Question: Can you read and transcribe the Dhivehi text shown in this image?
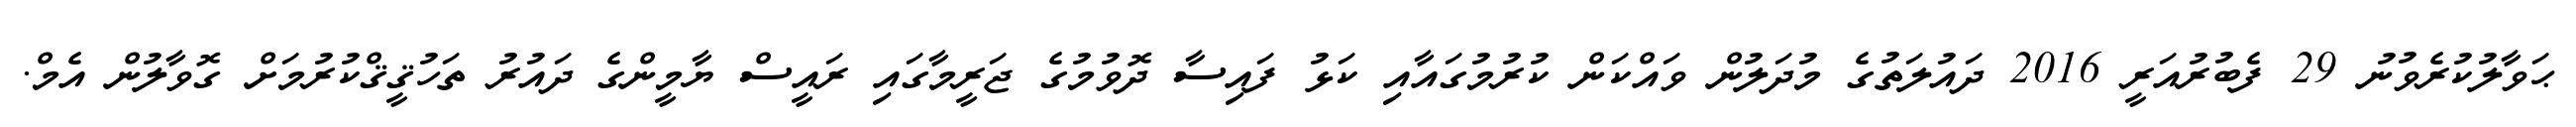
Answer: ޙަވާލުކުރެވުނު 29 ފެބުރުއަރީ 2016 ދައުލަތުގެ މުދަލުން ވައްކަން ކުރުމުގައާއި ކަޅު ފައިސާ ދޮވުމުގެ ޖަރީމާގައި ރައީސް ޔާމީންގެ ދައުރު ތަހުޤީޤްކުރުމަށް ގޮވާލުން އެމް.